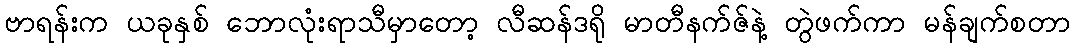
ဗာရန်းက ယခုနှစ် ဘောလုံးရာသီမှာတော့ လီဆန်ဒရို မာတီနက်ဇ်နဲ့ တွဲဖက်ကာ မန်ချက်စတာ